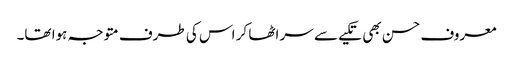
معروف حسن بھی تکیے سے سر اٹھا کر اس کی طرف متوجہ ہوا تھا۔